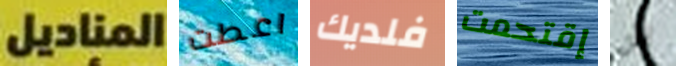
المناديل اعطت فلديك إقتحمت نحن